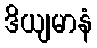
ဒိယျမာနံ